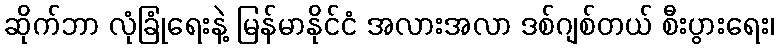
ဆိုက်ဘာ လုံခြုံရေးနဲ့ မြန်မာနိုင်ငံ အလားအလာ ဒစ်ဂျစ်တယ် စီးပွားရေး၊